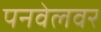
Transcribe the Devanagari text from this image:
पनवेलवर